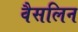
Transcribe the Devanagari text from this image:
वैसलिन